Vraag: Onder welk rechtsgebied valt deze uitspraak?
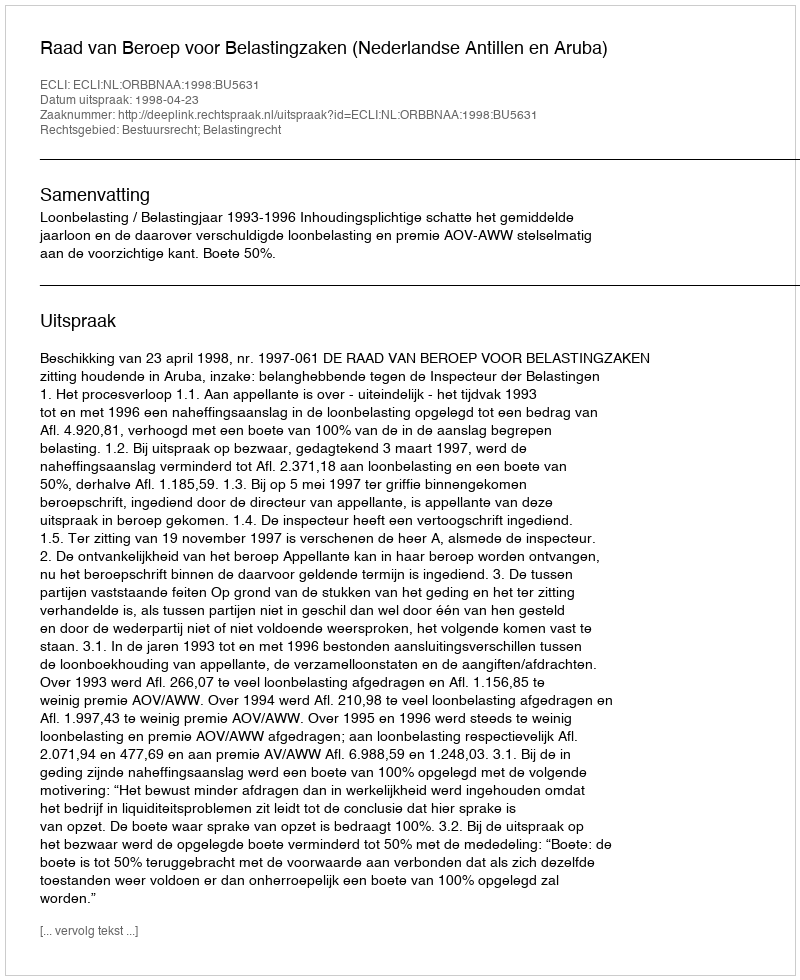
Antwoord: Bestuursrecht; Belastingrecht